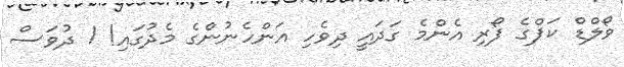
ވޯލްޑް ކަޕްގެ ފޯރި އެންމެ ގަދައީ ދިވެހި އަންހެނުންގެ މެދުގައި! 1 ދުވަސް